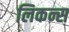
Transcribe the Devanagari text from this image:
लिकन्स